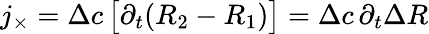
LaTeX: j_{\times}=\Delta c\, \bigl[\partial_{t}(R_{2}-R_{1})\bigr]=\Delta c\, \partial_{t}\Delta R